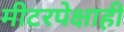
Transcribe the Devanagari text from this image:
मीटरपेक्षाही